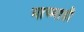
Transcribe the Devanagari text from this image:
माच्याही